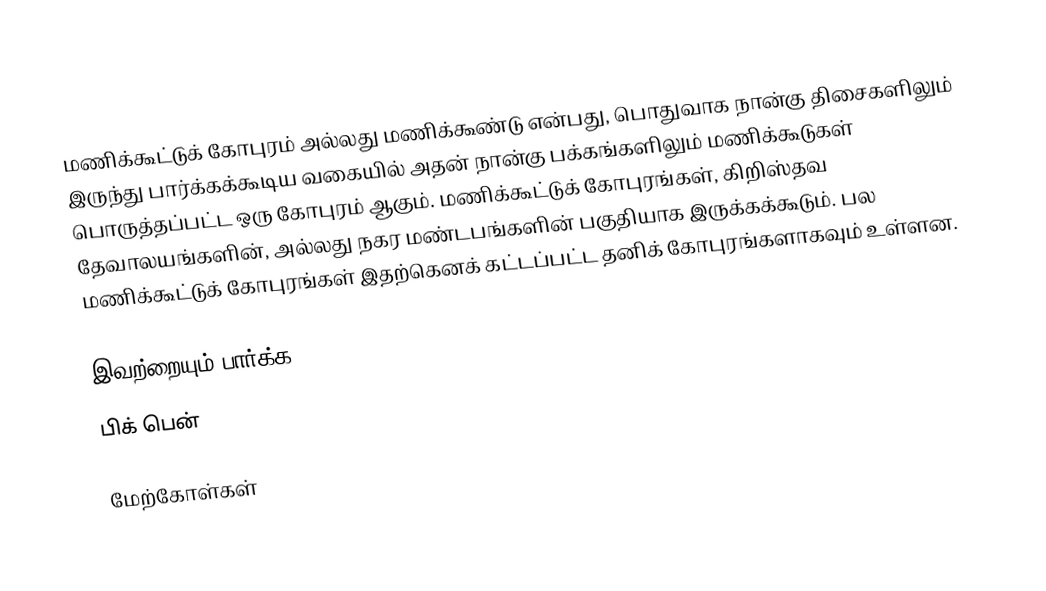
மணிக்கூட்டுக் கோபுரம் அல்லது மணிக்கூண்டு என்பது, பொதுவாக நான்கு திசைகளிலும் இருந்து பார்க்கக்கூடிய வகையில் அதன் நான்கு பக்கங்களிலும் மணிக்கூடுகள் பொருத்தப்பட்ட ஒரு கோபுரம் ஆகும். மணிக்கூட்டுக் கோபுரங்கள், கிறிஸ்தவ தேவாலயங்களின், அல்லது நகர மண்டபங்களின் பகுதியாக இருக்கக்கூடும். பல மணிக்கூட்டுக் கோபுரங்கள் இதற்கெனக் கட்டப்பட்ட தனிக் கோபுரங்களாகவும் உள்ளன.

இவற்றையும் பார்க்க
பிக் பென்

மேற்கோள்கள்